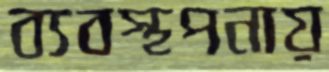
ব্যবস্থপনায়